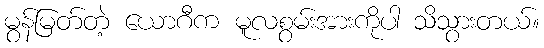
မွန်မြတ်တဲ့ ယောဂီက မူလစွမ်းအားကိုပါ သိသွားတယ်။